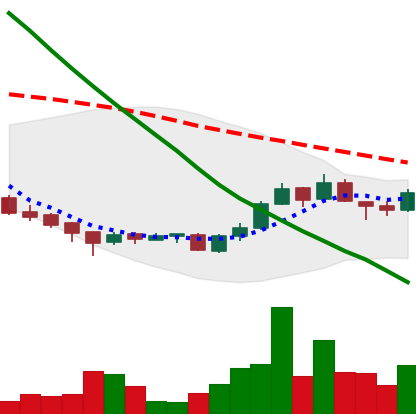
Ticker: ADA-USD
Chart end date: 2018-09-27
Forward return: -4.042%
Label: down_3_5